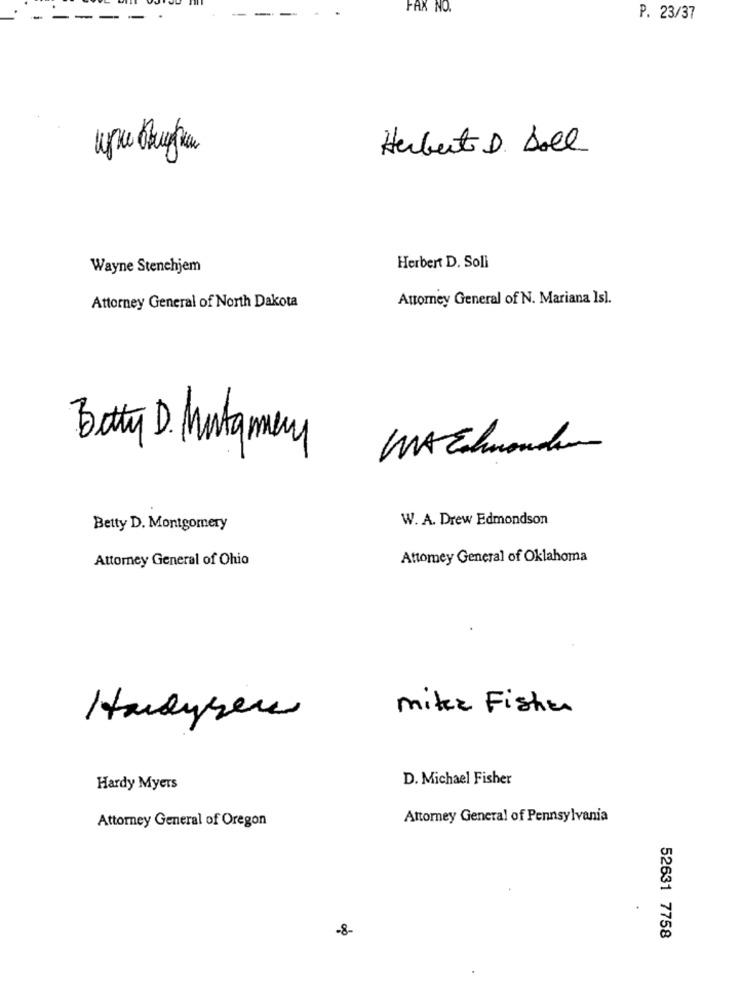
FAX NO.
P. 23/37
Herbert D. Soll
Wayne Stenchjem
Herbert D. Soli
Attorney General of N. Mariana Is).
Attorney General of North Dakota
WA Echwonder
BettyD. Mntamery
W. A. Drew Edmondson
Betty D. Montgomery
Attorney General of Ohio
Attorney General of Oklahoma
mike Fisher
Hardyher
D. Michael Fisher
Hardy Myers
Attorney General of Oregon
Attorney General of Pennsylvania
-8-
52631 7758